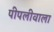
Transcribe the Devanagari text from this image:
पीपलीवाला